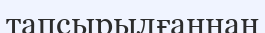
тапсырылғаннан